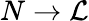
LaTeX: N\rightarrow{\cal L}